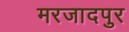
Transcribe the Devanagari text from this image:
मरजादपुर